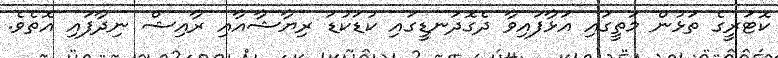
ކޮޓަރީގެ ތަޅުން މަތީގައި އަޅާފައިވާ ދެގޮދަނޑީގައި ކުޑަކުޑަ ރިޔާޝާއާއި ރާއިޝް ނިދާފައި އޮތެވެ.